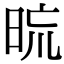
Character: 𣆖